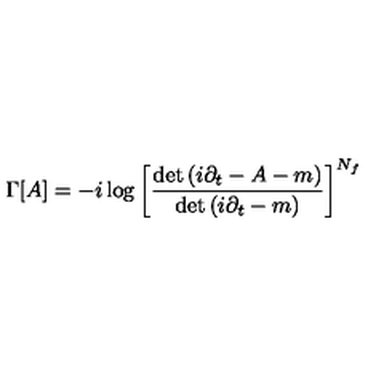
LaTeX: \Gamma [ A ] = - i \log \left[ { \frac { \det \left( i \partial _ { t } - A - m \right) } { \det \left( i \partial _ { t } - m \right) } } \right] ^ { N _ { f } }